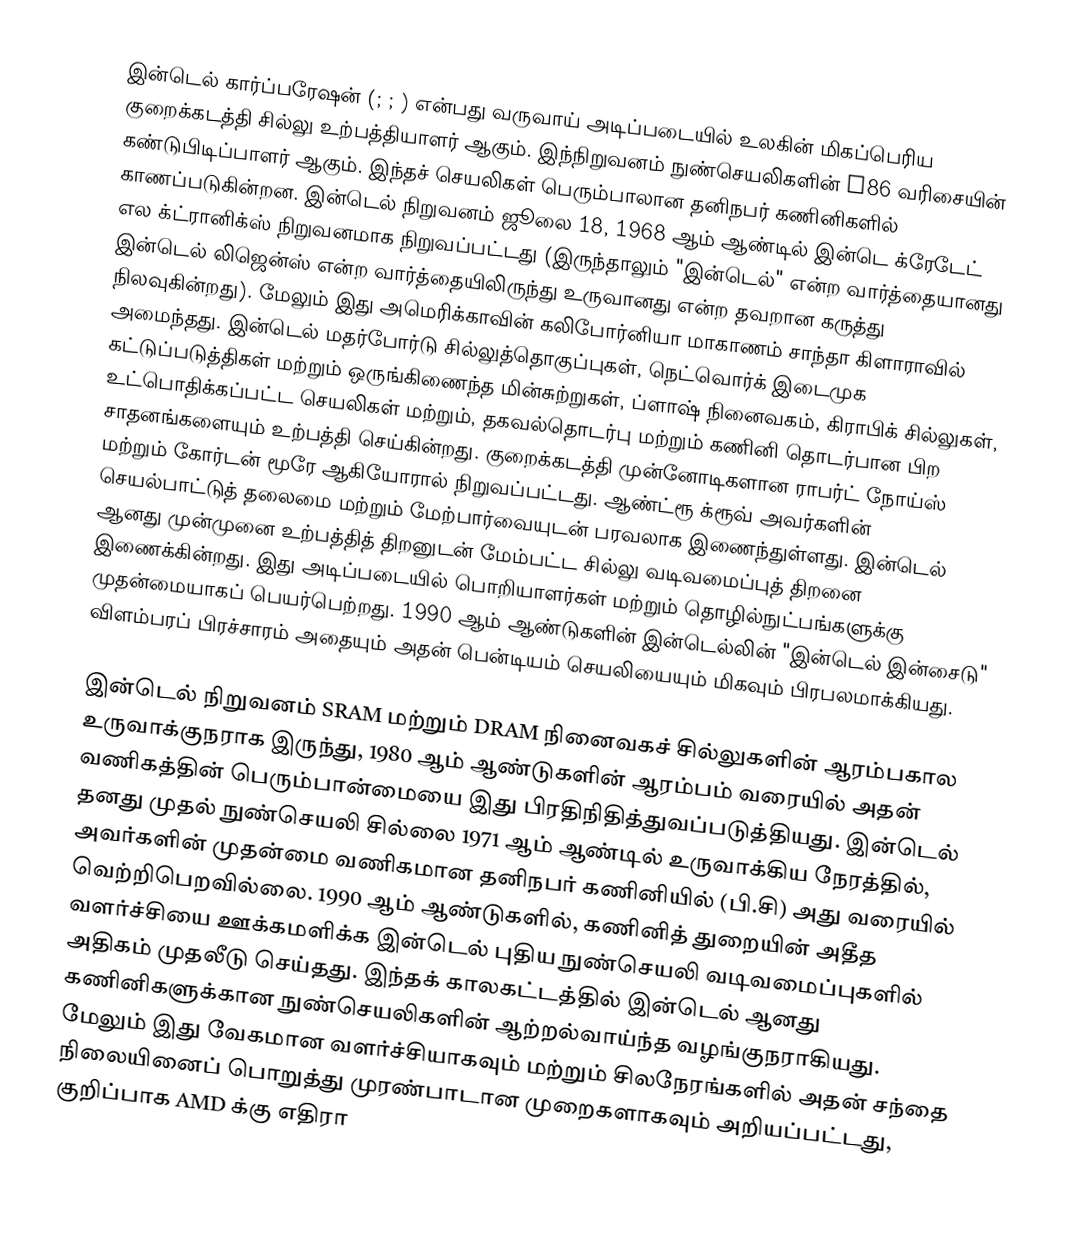
இன்டெல் கார்ப்பரேஷன்  (; ; ) என்பது வருவாய் அடிப்படையில் உலகின் மிகப்பெரிய குறைக்கடத்தி சில்லு உற்பத்தியாளர் ஆகும். இந்நிறுவனம் நுண்செயலிகளின் x86 வரிசையின் கண்டுபிடிப்பாளர் ஆகும். இந்தச் செயலிகள் பெரும்பாலான தனிநபர் கணினிகளில் காணப்படுகின்றன. இன்டெல் நிறுவனம் ஜூலை 18, 1968 ஆம் ஆண்டில் இன்டெ க்ரேடேட் எல க்ட்ரானிக்ஸ் நிறுவனமாக நிறுவப்பட்டது (இருந்தாலும் "இன்டெல்" என்ற வார்த்தையானது இன்டெல் லிஜென்ஸ் என்ற வார்த்தையிலிருந்து உருவானது என்ற தவறான கருத்து நிலவுகின்றது). மேலும் இது அமெரிக்காவின் கலிபோர்னியா மாகாணம் சாந்தா கிளாராவில் அமைந்தது. இன்டெல் மதர்போர்டு சில்லுத்தொகுப்புகள், நெட்வொர்க் இடைமுக கட்டுப்படுத்திகள் மற்றும் ஒருங்கிணைந்த மின்சுற்றுகள், ப்ளாஷ் நினைவகம், கிராபிக் சில்லுகள், உட்பொதிக்கப்பட்ட செயலிகள் மற்றும், தகவல்தொடர்பு மற்றும் கணினி தொடர்பான பிற சாதனங்களையும் உற்பத்தி செய்கின்றது. குறைக்கடத்தி முன்னோடிகளான ராபர்ட் நோய்ஸ் மற்றும் கோர்டன் மூரே ஆகியோரால் நிறுவப்பட்டது. ஆண்ட்ரூ க்ரூவ் அவர்களின் செயல்பாட்டுத் தலைமை மற்றும் மேற்பார்வையுடன் பரவலாக இணைந்துள்ளது. இன்டெல் ஆனது முன்முனை உற்பத்தித் திறனுடன் மேம்பட்ட சில்லு வடிவமைப்புத் திறனை இணைக்கின்றது. இது அடிப்படையில் பொறியாளர்கள் மற்றும் தொழில்நுட்பங்களுக்கு முதன்மையாகப் பெயர்பெற்றது. 1990 ஆம் ஆண்டுகளின் இன்டெல்லின் "இன்டெல் இன்சைடு" விளம்பரப் பிரச்சாரம் அதையும் அதன் பென்டியம் செயலியையும் மிகவும் பிரபலமாக்கியது.

இன்டெல் நிறுவனம் SRAM மற்றும் DRAM நினைவகச் சில்லுகளின் ஆரம்பகால உருவாக்குநராக இருந்து, 1980 ஆம் ஆண்டுகளின் ஆரம்பம் வரையில் அதன் வணிகத்தின் பெரும்பான்மையை இது பிரதிநிதித்துவப்படுத்தியது. இன்டெல் தனது முதல் நுண்செயலி சில்லை 1971 ஆம் ஆண்டில் உருவாக்கிய நேரத்தில், அவர்களின் முதன்மை வணிகமான தனிநபர் கணினியில் (பி.சி) அது வரையில் வெற்றிபெறவில்லை. 1990 ஆம் ஆண்டுகளில், கணினித் துறையின் அதீத வளர்ச்சியை ஊக்கமளிக்க இன்டெல் புதிய நுண்செயலி வடிவமைப்புகளில் அதிகம் முதலீடு செய்தது. இந்தக் காலகட்டத்தில் இன்டெல் ஆனது கணினிகளுக்கான நுண்செயலிகளின் ஆற்றல்வாய்ந்த வழங்குநராகியது. மேலும் இது வேகமான வளர்ச்சியாகவும் மற்றும் சிலநேரங்களில் அதன் சந்தை நிலையினைப் பொறுத்து முரண்பாடான முறைகளாகவும் அறியப்பட்டது, குறிப்பாக AMD க்கு எதிரா